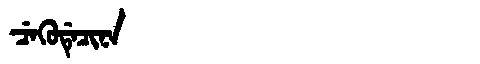
Manchu: ᠴᡝᡴᡠᡩᡝᠴᡳᠨᠠ
Romanization: CEKUDECINA